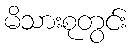
မိသားစုတွင်း